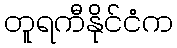
တူရကီနိုင်ငံက